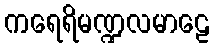
ကရေရိမဏ္ဍလမာဠေ